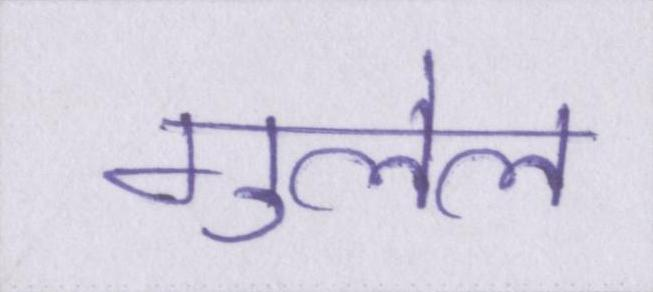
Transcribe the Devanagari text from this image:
गुलेल